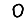
Digit: 0